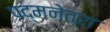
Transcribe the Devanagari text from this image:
पद्मनेत्रा